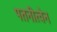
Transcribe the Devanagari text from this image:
पतनीत्वेन